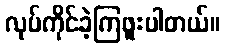
လုပ်ကိုင်ခဲ့ကြဖူးပါတယ်။